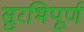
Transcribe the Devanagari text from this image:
सुरभिपूर्ण